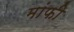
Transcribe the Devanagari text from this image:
मांफी